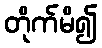
တိုက်မိ၍